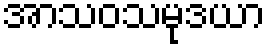
အာသဝသမုဒယာ